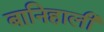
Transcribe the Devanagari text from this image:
बानिहाली